Report on inoculation in the plague infected areas of the Punjab and its dependencies from October 1900 to September 1901
Year: 1900
Disease focus: Plague
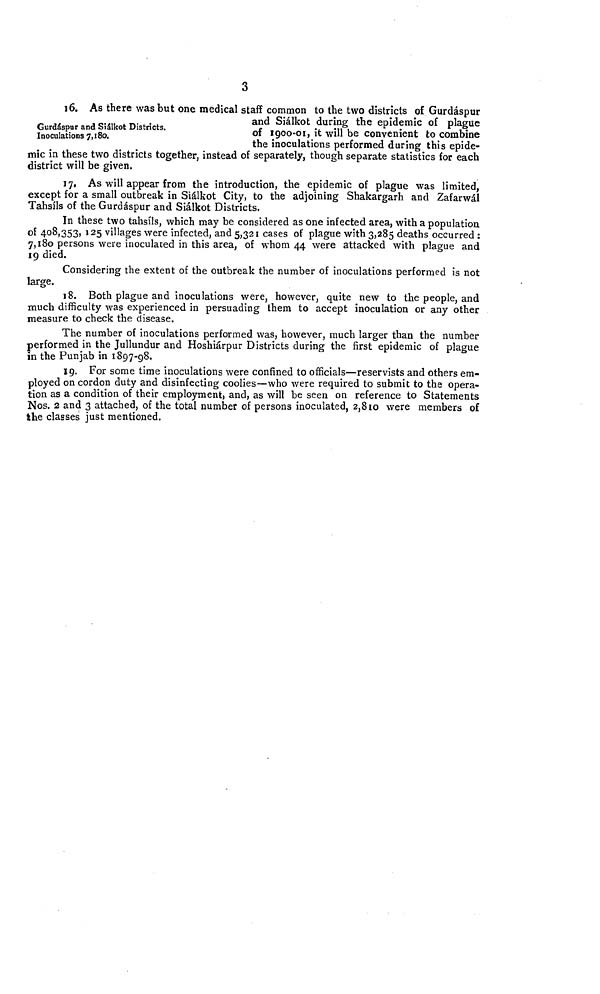
3
Gurdáspur and Siálkot Districts.
Inoculations 7,180.
16. As there was but one medical staff common to the two districts of Gurdáspur
and Siálkot during the epidemic of plague
of 1900-01, it will be convenient to combine
the inoculations performed during this epide-
mic in these two districts together, instead of separately, though separate statistics for each
district will be given.
17. As will appear from the introduction, the epidemic of plague was limited,
except for a small outbreak in Siálkot City, to the adjoining Shakargarh and Zafarwál
Tahsíls of the Gurdáspur and Siálkot Districts.
In these two tahsíls, which may be considered as one infected area, with a population
of 408,353, 125 villages were infected, and 5,321 cases of plague with 3,285 deaths occurred :
7,180 persons were inoculated in this area, of whom 44 were attacked with plague and
19 died.
Considering the extent of the outbreak the number of inoculations performed is not
large.
18. Both plague and inoculations were, however, quite new to the people, and
much difficulty was experienced in persuading them to accept inoculation or any other
measure to check the disease.
The number of inoculations performed was, however, much larger than the number
performed in the Jullundur and Hoshiárpur Districts during the first epidemic of plague
in the Punjab in 1897-98,
19. For some time inoculations were confined to officials—reservists and others em-
ployed on cordon duty and disinfecting coolies—who were required to submit to the opera-
tion as a condition of their employment, and, as will be seen on reference to Statements
Nos. 2 and 3 attached, of the total number of persons inoculated, 2,810 were members of
the classes just mentioned.